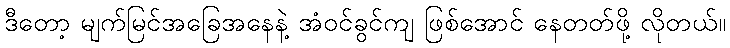
ဒီတော့ မျက်မြင်အခြေအနေနဲ့ အံဝင်ခွင်ကျ ဖြစ်အောင် နေတတ်ဖို့ လိုတယ်။